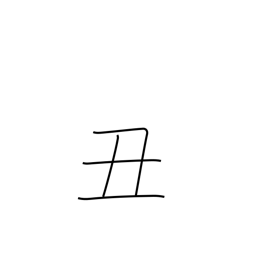
Meaning: sign of the ox or cow